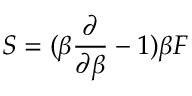
S = ( \beta { \frac { \partial } { \partial \beta } } - 1 ) \beta F